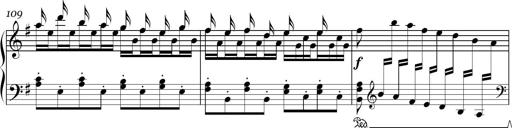
Title: Sonatina in E minor
Composer: Shuwen Zhang
Key: E minor